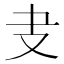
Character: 叏